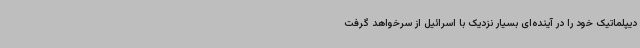
دیپلماتیک خود را در آینده‌ای بسیار نزدیک با اسرائیل از سرخواهد گرفت